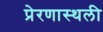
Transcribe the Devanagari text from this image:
प्रेरणास्थली